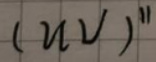
$(uv)''$